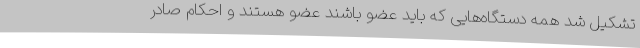
تشکیل شد همه دستگاه‌هایی که باید عضو باشند عضو هستند و احکام صادر